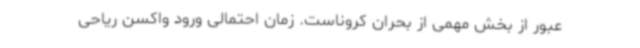
عبور از بخش مهمی از بحران کروناست. زمان احتمالی ورود واکسن ریاحی